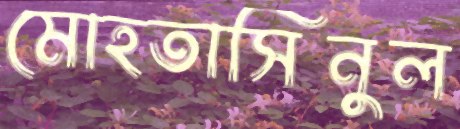
মোহতাসিনুল